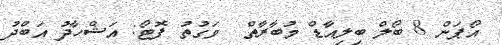
އޯޕަން 8 ބޯލް ބިލިއާޑް މުބާރާތް  ވަގުތު ފޮޓޯ: އަޝްހާދު އަބްދު